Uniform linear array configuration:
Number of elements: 8
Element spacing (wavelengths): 0.5
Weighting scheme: binomial
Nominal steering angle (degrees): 30
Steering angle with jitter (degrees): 30.887
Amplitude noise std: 0.05
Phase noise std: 0.05

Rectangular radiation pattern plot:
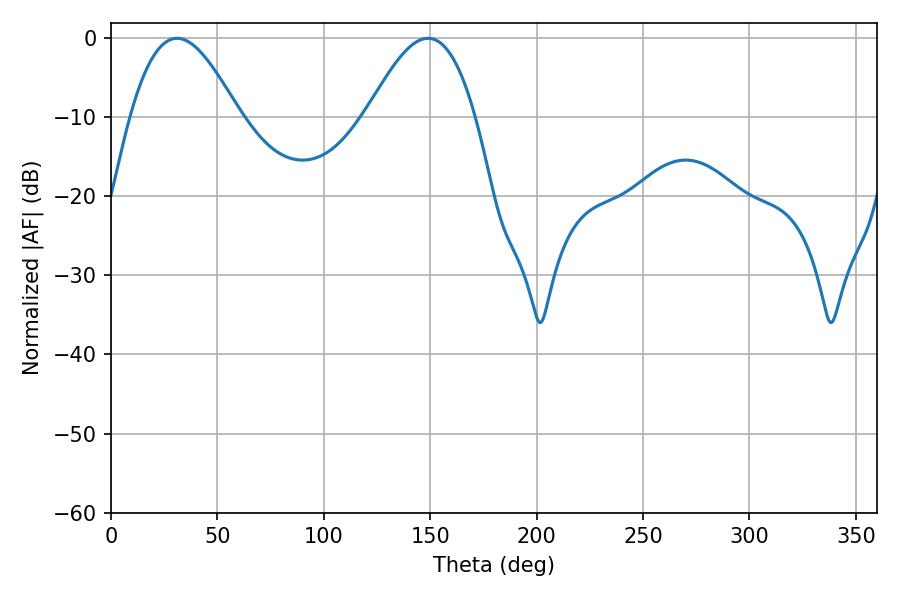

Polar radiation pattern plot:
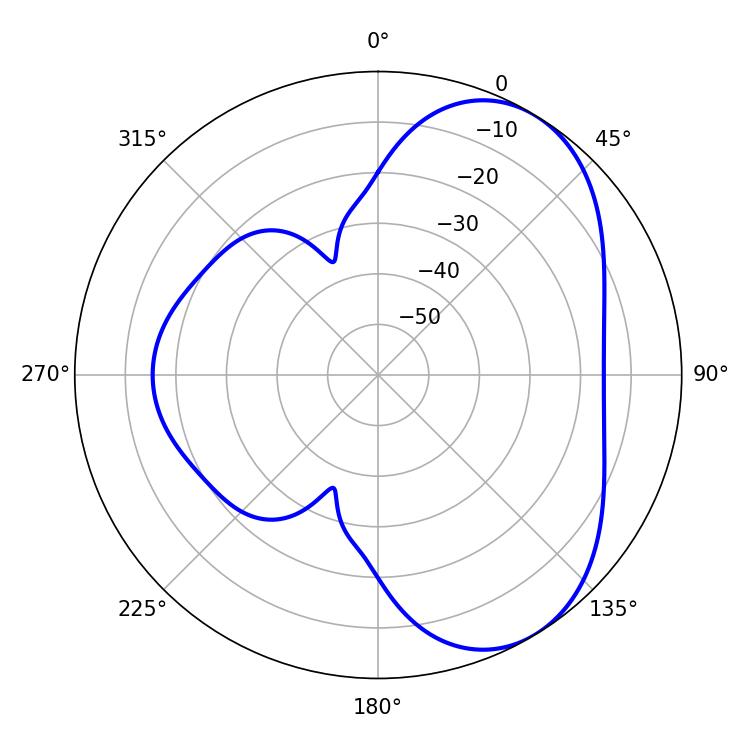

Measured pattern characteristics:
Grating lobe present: FALSE
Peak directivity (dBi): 5.458
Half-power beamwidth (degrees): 27.54
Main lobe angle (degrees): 30.96